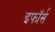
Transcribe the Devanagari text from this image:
इफॉर्स